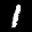
Label: 1